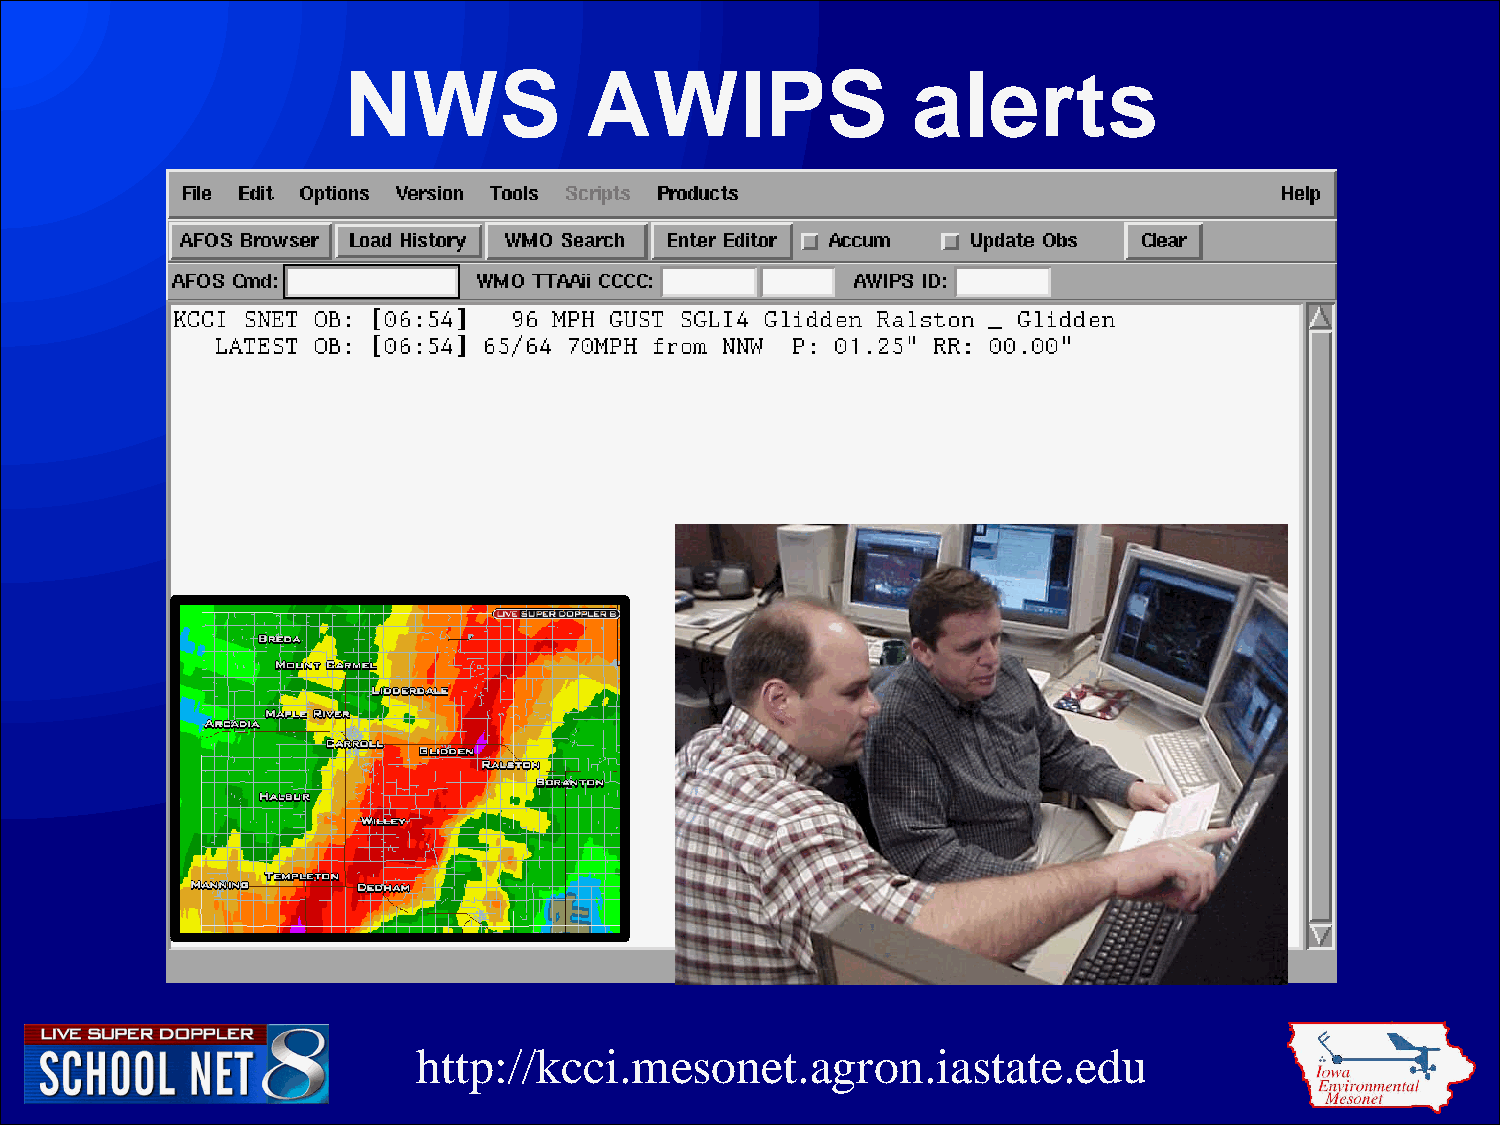
NWS             AWIPS                alerts
 http://kcci.mesonet.agron.iastate.edu